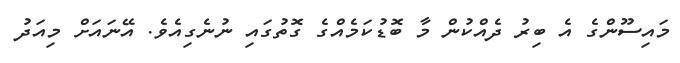
މައިސޫންގެ އެ ބިރު ދެއްކުން މާ ބޮޑުކަމެއްގެ ގޮތުގައި ނުނެގިއެވެ. އޭނައަށް މިއަދު